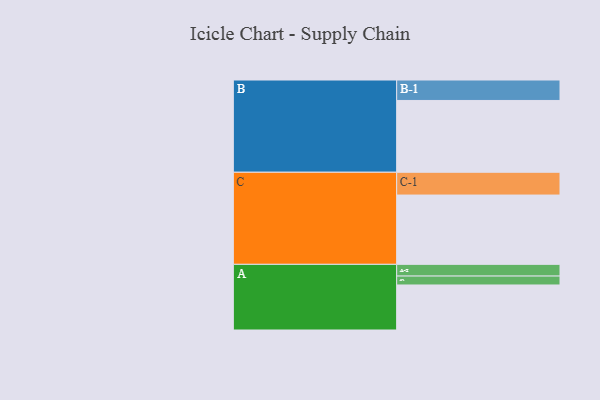
{"axis": {"x": "Segment", "y": "Value"}, "legend": ["", "A", "B", "C"], "data": [{"x": "A", "y": 308, "type": ""}, {"x": "B", "y": 491, "type": ""}, {"x": "C", "y": 474, "type": ""}, {"x": "A-1", "y": 61, "type": "A"}, {"x": "A-2", "y": 80, "type": "A"}, {"x": "B-1", "y": 140, "type": "B"}, {"x": "C-1", "y": 156, "type": "C"}]}